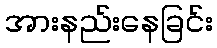
အားနည်းနေခြင်း